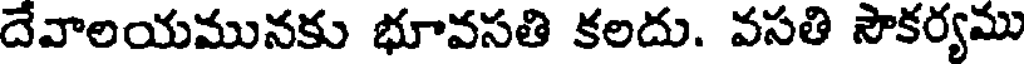
దేవాలయమునకు భూవసతి కలదు. వసతి సౌకర్యము